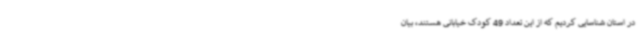
در استان شناسایی کردیم که از این تعداد 49 کودک خیابانی هستند، بیان